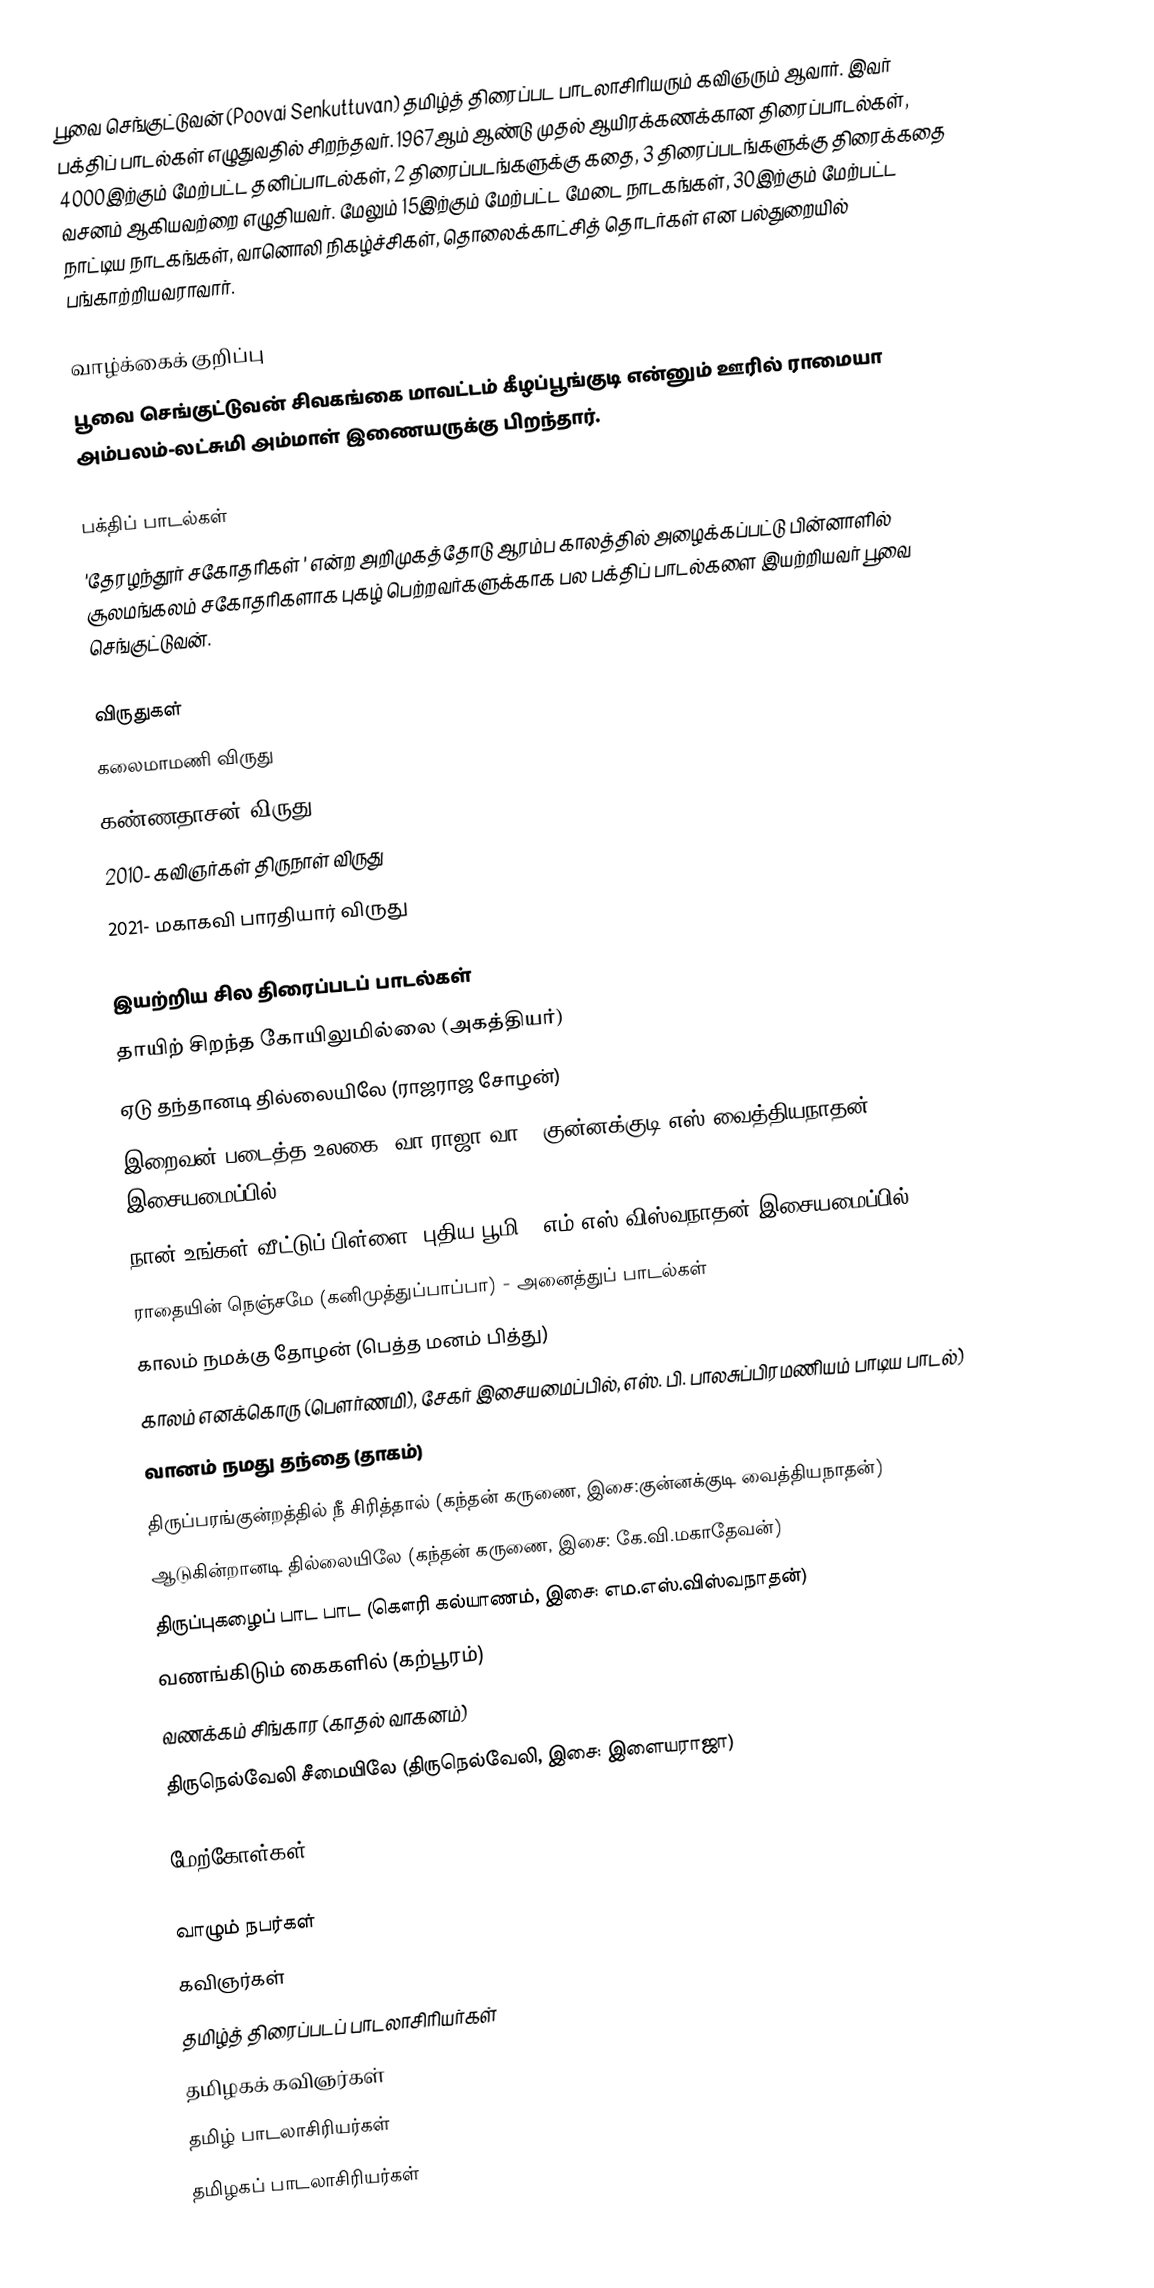
பூவை செங்குட்டுவன் (Poovai Senkuttuvan) தமிழ்த் திரைப்பட பாடலாசிரியரும் கவிஞரும் ஆவார். இவர் பக்திப் பாடல்கள் எழுதுவதில் சிறந்தவர். 1967ஆம் ஆண்டு முதல் ஆயிரக்கணக்கான திரைப்பாடல்கள், 4000இற்கும் மேற்பட்ட தனிப்பாடல்கள், 2 திரைப்படங்களுக்கு கதை, 3 திரைப்படங்களுக்கு திரைக்கதை வசனம் ஆகியவற்றை எழுதியவர். மேலும் 15இற்கும் மேற்பட்ட மேடை நாடகங்கள், 30இற்கும் மேற்பட்ட நாட்டிய நாடகங்கள், வானொலி நிகழ்ச்சிகள், தொலைக்காட்சித் தொடர்கள் என பல்துறையில் பங்காற்றியவராவார்.

வாழ்க்கைக் குறிப்பு
பூவை செங்குட்டுவன் சிவகங்கை மாவட்டம் கீழப்பூங்குடி என்னும் ஊரில் ராமையா அம்பலம்-லட்சுமி அம்மாள் இணையருக்கு பிறந்தார்.

பக்திப் பாடல்கள்
'தேரழந்தூர் சகோதரிகள் ' என்ற அறிமுகத்தோடு ஆரம்ப காலத்தில் அழைக்கப்பட்டு பின்னாளில் சூலமங்கலம் சகோதரிகளாக புகழ் பெற்றவர்களுக்காக பல பக்திப் பாடல்களை இயற்றியவர் பூவை செங்குட்டுவன்.

விருதுகள்
 கலைமாமணி விருது
 கண்ணதாசன் விருது
 2010- கவிஞர்கள் திருநாள் விருது
 2021- மகாகவி பாரதியார் விருது

இயற்றிய சில திரைப்படப் பாடல்கள்
 தாயிற் சிறந்த கோயிலுமில்லை (அகத்தியர்)
 ஏடு தந்தானடி தில்லையிலே (ராஜராஜ சோழன்)
 இறைவன் படைத்த உலகை (வா ராஜா வா - குன்னக்குடி எஸ்.வைத்தியநாதன் இசையமைப்பில்)
 நான் உங்கள் வீட்டுப் பிள்ளை (புதிய பூமி - எம்.எஸ்.விஸ்வநாதன் இசையமைப்பில்)
 ராதையின் நெஞ்சமே (கனிமுத்துப்பாப்பா) - அனைத்துப் பாடல்கள்
 காலம் நமக்கு தோழன் (பெத்த மனம் பித்து)
 காலம் எனக்கொரு (பௌர்ணமி), சேகர் இசையமைப்பில், எஸ். பி. பாலசுப்பிரமணியம் பாடிய பாடல்)
 வானம் நமது தந்தை (தாகம்)
 திருப்பரங்குன்றத்தில் நீ சிரித்தால் (கந்தன் கருணை, இசை:குன்னக்குடி வைத்தியநாதன்)
 ஆடுகின்றானடி தில்லையிலே (கந்தன் கருணை, இசை: கே.வி.மகாதேவன்)
 திருப்புகழைப் பாட பாட (கௌரி கல்யாணம், இசை: எம.எஸ்.விஸ்வநாதன்)
 வணங்கிடும் கைகளில் (கற்பூரம்)
 வணக்கம் சிங்கார (காதல் வாகனம்)
 திருநெல்வேலி சீமையிலே (திருநெல்வேலி, இசை: இளையராஜா)

மேற்கோள்கள்

வாழும் நபர்கள்
கவிஞர்கள்
தமிழ்த் திரைப்படப் பாடலாசிரியர்கள்
தமிழகக் கவிஞர்கள்
தமிழ் பாடலாசிரியர்கள்
தமிழகப் பாடலாசிரியர்கள்